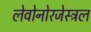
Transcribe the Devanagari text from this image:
लेवोनोरजेस्ट्रल